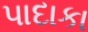
પાદાકા